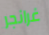
غرانجر